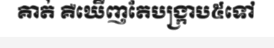
គាត់ គឺឃើញតែបង្ក្រាប៥ទៅ